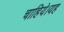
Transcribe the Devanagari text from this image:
चाहिये।यह